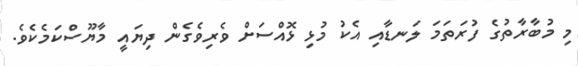
މި މުބާރާތުގެ ފުރަތަމަ ލަނޑާއި އެކު މުޅި ޅޮއްސަށް ވެރިވެގެން ދިޔައީ މާޔޫސްކަމެކެވެ.